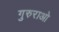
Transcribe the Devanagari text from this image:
गुरुराओ